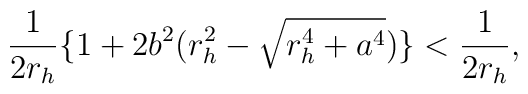
\frac{1}{2r_h} \{1+2b^2(r_{h}^2- \sqrt{r_{h}^4+a^4}) \} < \frac{1}{2r_h},